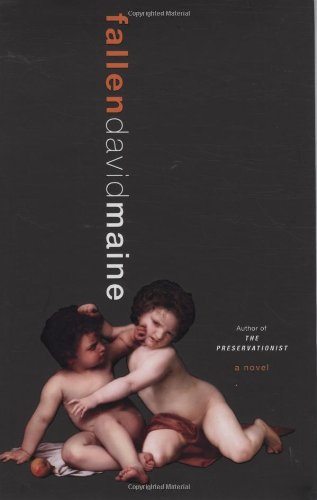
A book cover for Fallen; David Maine; Christian Books & Bibles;